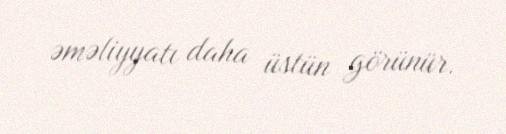
əməliyyatı daha üstün görünür.